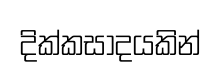
දික්කසාදයකින්